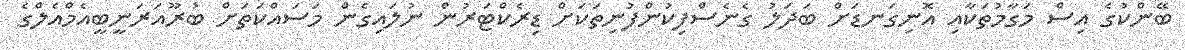
ބޭންކުގެ އިސް މަގާމުތަކާއި އޮނިގަނޑަށް ބަދަލު ގެނެސްފިކުންފުނިތަކަށް ޑިރެކްޓަރުން ނުލައިގެން މަސައްކަތަށް ބުރޫއަރަނީބީއެމްްއެލްގެ